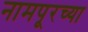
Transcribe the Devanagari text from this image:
नामपूरच्या